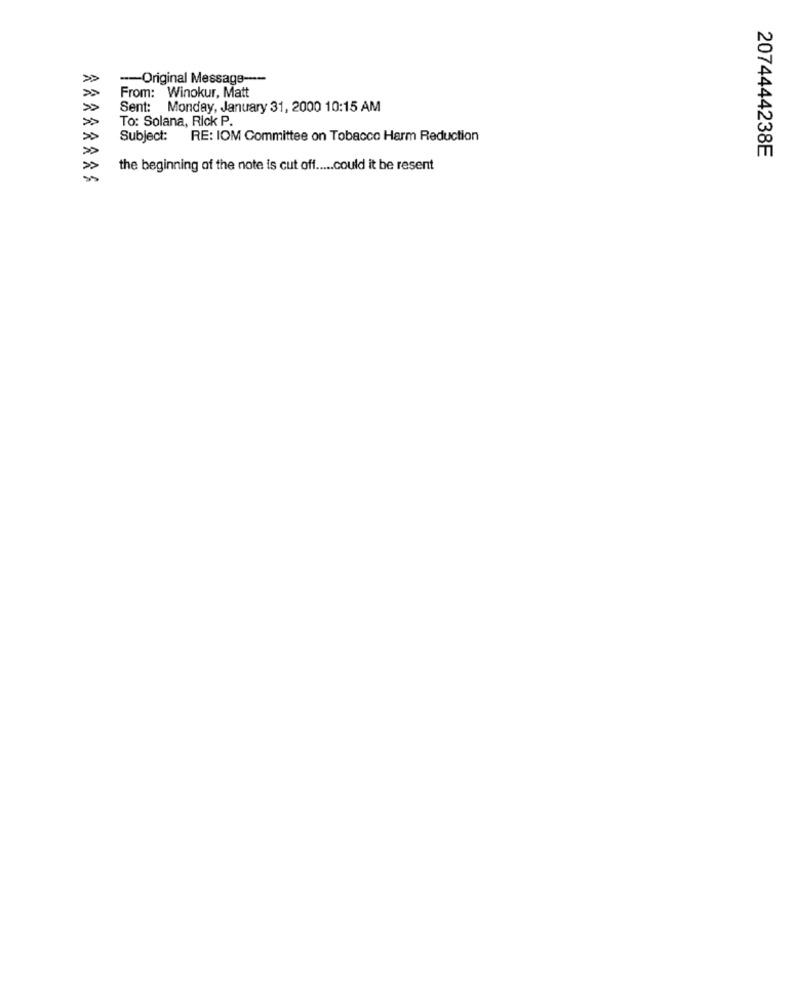
--- Original Message ----
From: Winokur, Matt
Sent: Monday, January 31, 2000 10:15 AM
To: Solana, Rick P.
Subject:
RE: IOM Committee on Tobacco Harm Reduction
2074444238E
the beginning of the note is cut off ..... could it be resent
ARARRAAS